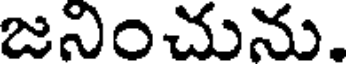
జనించును.